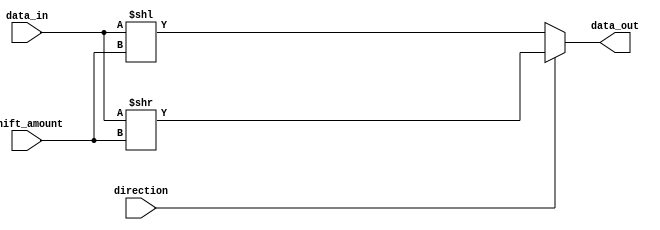
module barrel_shifter (
    input wire [31:0] data_in,
    input wire [4:0] shift_amount,
    input wire direction,
    output reg [31:0] data_out
);

always @(*) begin
    if (direction == 1'b0) begin // Left shift
        data_out = data_in << shift_amount;
    end else begin // Right shift
        data_out = data_in >> shift_amount;
    end
end

endmodule